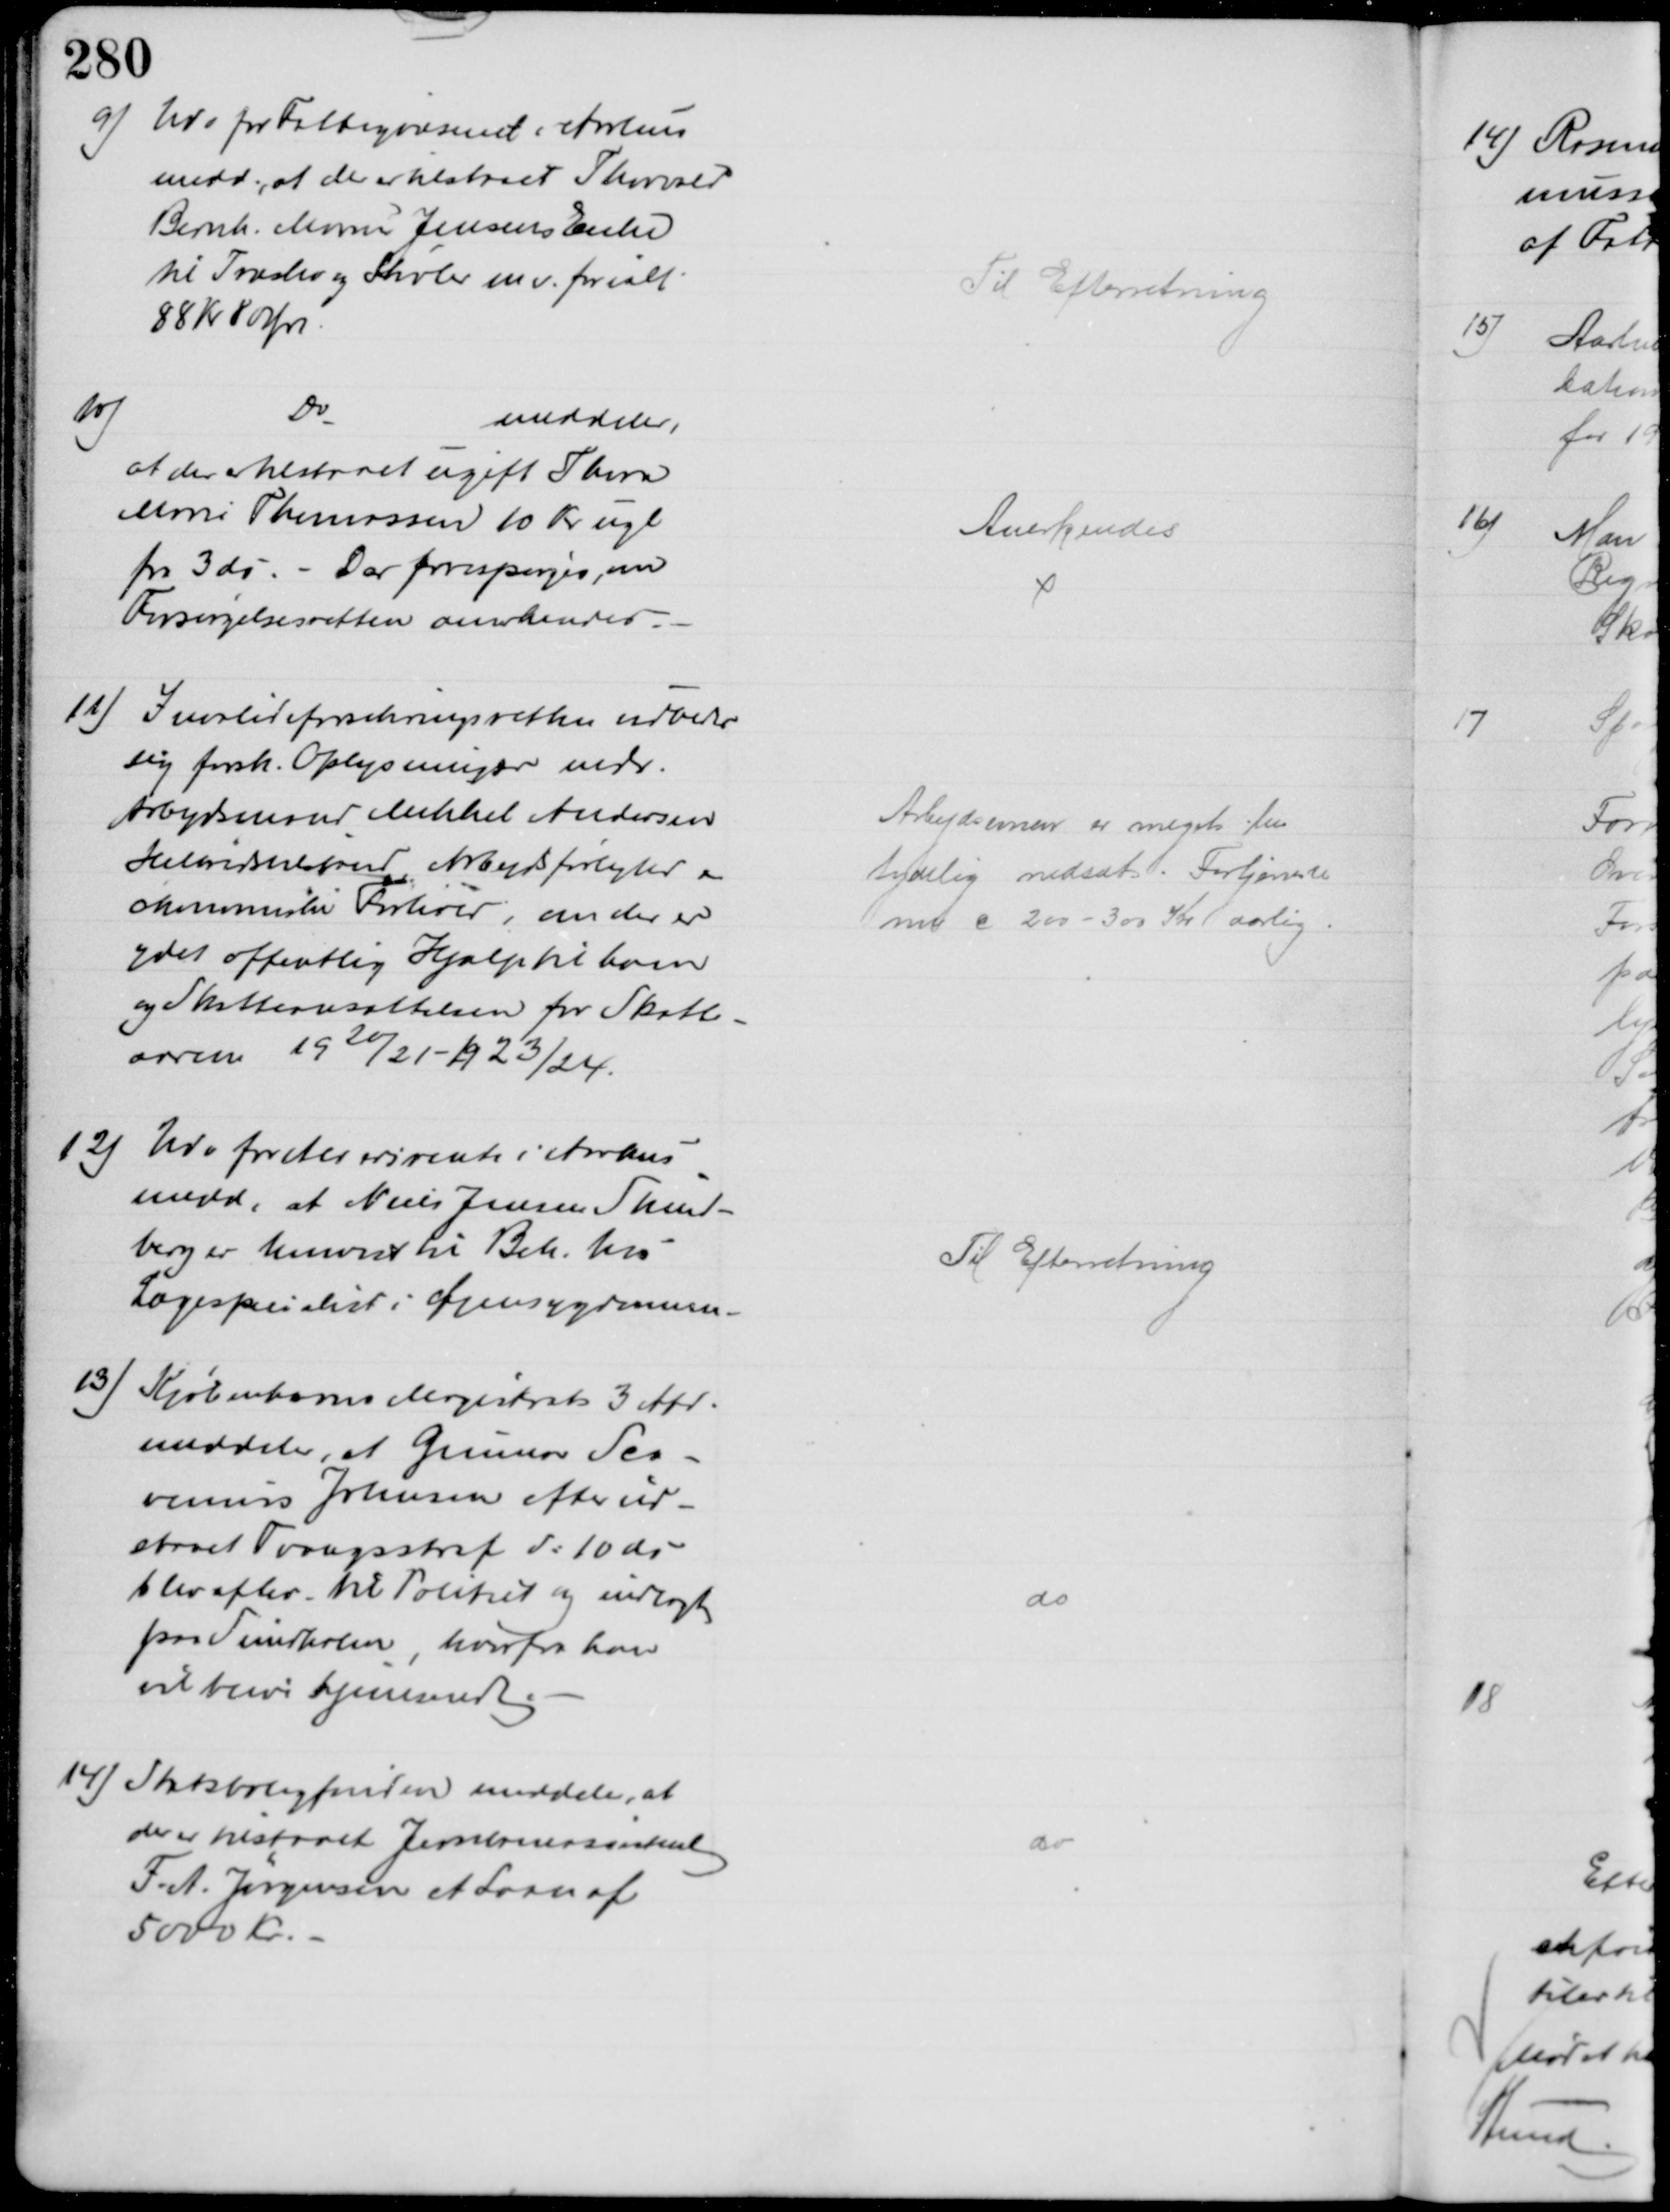
Transskription:
9)
Udv for Fattigvæsenet i Aarhus
medd., at der er tilstaaet Thorvald
Bernh. Marius Jensens Enke 
til Træsko og Støvler mv. for ialt
88 Kr 80 Øre
Til Efterretning
10)
Do
meddeler,
at der tilstaaet ugift Thora
Marie Thomassen 10 Kr ugl
fra 3 ds. - Der forespørges, om
Forsørgelsesretten anerkendes
Anerkendes
11) Invalideforsikringsretten udbeder
sig forsk. Oplysninger vedr.
Arbejdsmand Mikkel Andersen
Helbredstilstand, Arbejdsførlighed &
økonomiske Forhold, om der er
ydet offentlig Hjælp til ham
og Skatteansættelsen for Skatte-
aarene 1920/21 - 1923/24.
Arbejdsevnen er meget be
tydelig nedsat. Fortjeneste
nuv c 200 - 300 Kr aarlig
12) Udv for Aldersrente i Aarhus
medd, at Niels Jensen Skind-
berg er henvist til Beh. hos 
Lægespecialist i Øjensygdomme.
Til Efterretning
13)
Kjøbenhavns Magistrats 3 Afd.
meddeler, at Gunnar Sca-
venius Johnsen efter ud-
staaet Tvangsstraf d: 10 ds.
blev aflev. til Politiet og indlagt
paa Sundholm, hvorfra han
vil blive hjemsendt.
do
14) Statsboligfonden meddeler, at
der er tilstaaet Jernbaneassistent
F. A. Jørgensen et Laan af
5000 Kr.
do